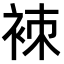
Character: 𧙞